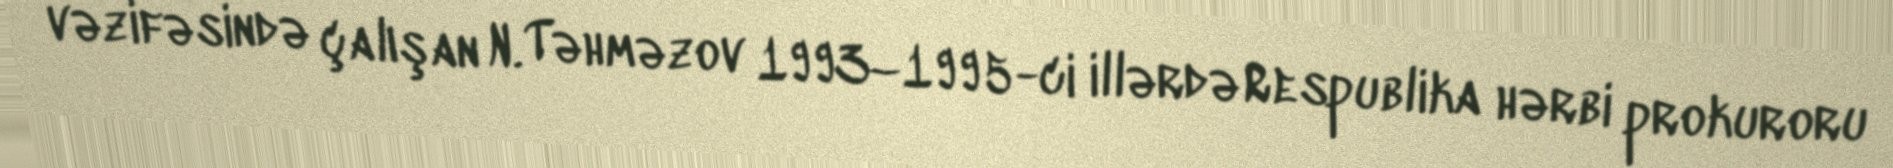
vəzifəsində çalışan N. Təhməzov 1993–1995-ci illərdə Respublika hərbi prokuroru